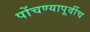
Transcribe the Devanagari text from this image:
पोंचण्यापूर्वीच